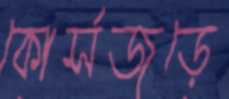
কোর্সজুড়ে